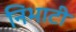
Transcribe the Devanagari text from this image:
निभाटी